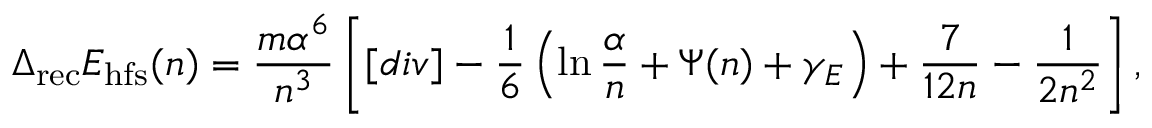
\Delta _ { \mathrm { r e c } } E _ { \mathrm { h f s } } ( n ) = \frac { m \alpha ^ { 6 } } { n ^ { 3 } } \left[ [ d i v ] - \frac { 1 } { 6 } \left( \ln \frac { \alpha } { n } + \Psi ( n ) + \gamma _ { E } \right) + \frac { 7 } { 1 2 n } - \frac { 1 } { 2 n ^ { 2 } } \right] ,